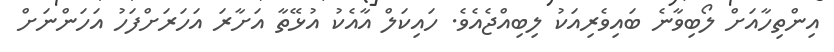
އިންތިހާއަށް ލޯބިވާނެ ބައިވެރިއަކު ލިބިއްޖެއެވެ. ހައިކަލް އާއެކު އުޅޭތާ އަށާރަ އަހަރަށްފަހު އަހަންނަށް